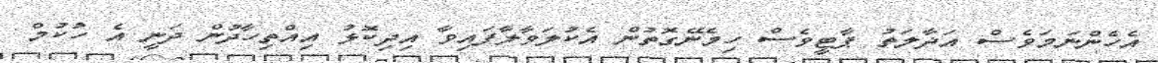
އެހެންނަމަވެސް އަދާލަތު ޕާޓީވެސް ހިމެނޭގޮތުން އެކުލަވާލާފައިވާ އިދިކޮޅު އިއްތިހާދުން ދަނީ އެ ހުކުމް